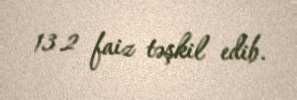
13.2 faiz təşkil edib.